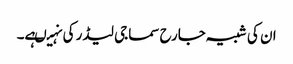
ان کی شبیہ جارح سماجی لیڈر کی نہیںہے۔